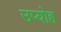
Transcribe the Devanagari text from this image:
उप्योह